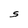
Character: s